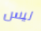
ليس